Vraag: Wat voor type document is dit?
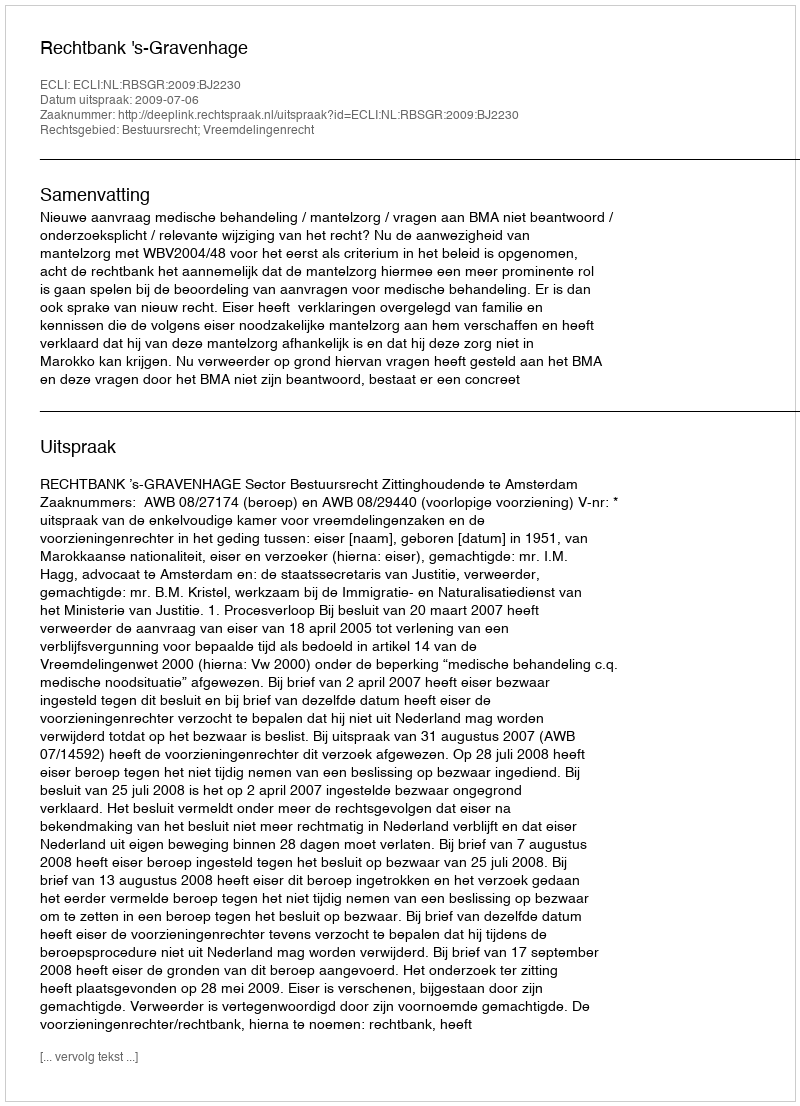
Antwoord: Uitspraak